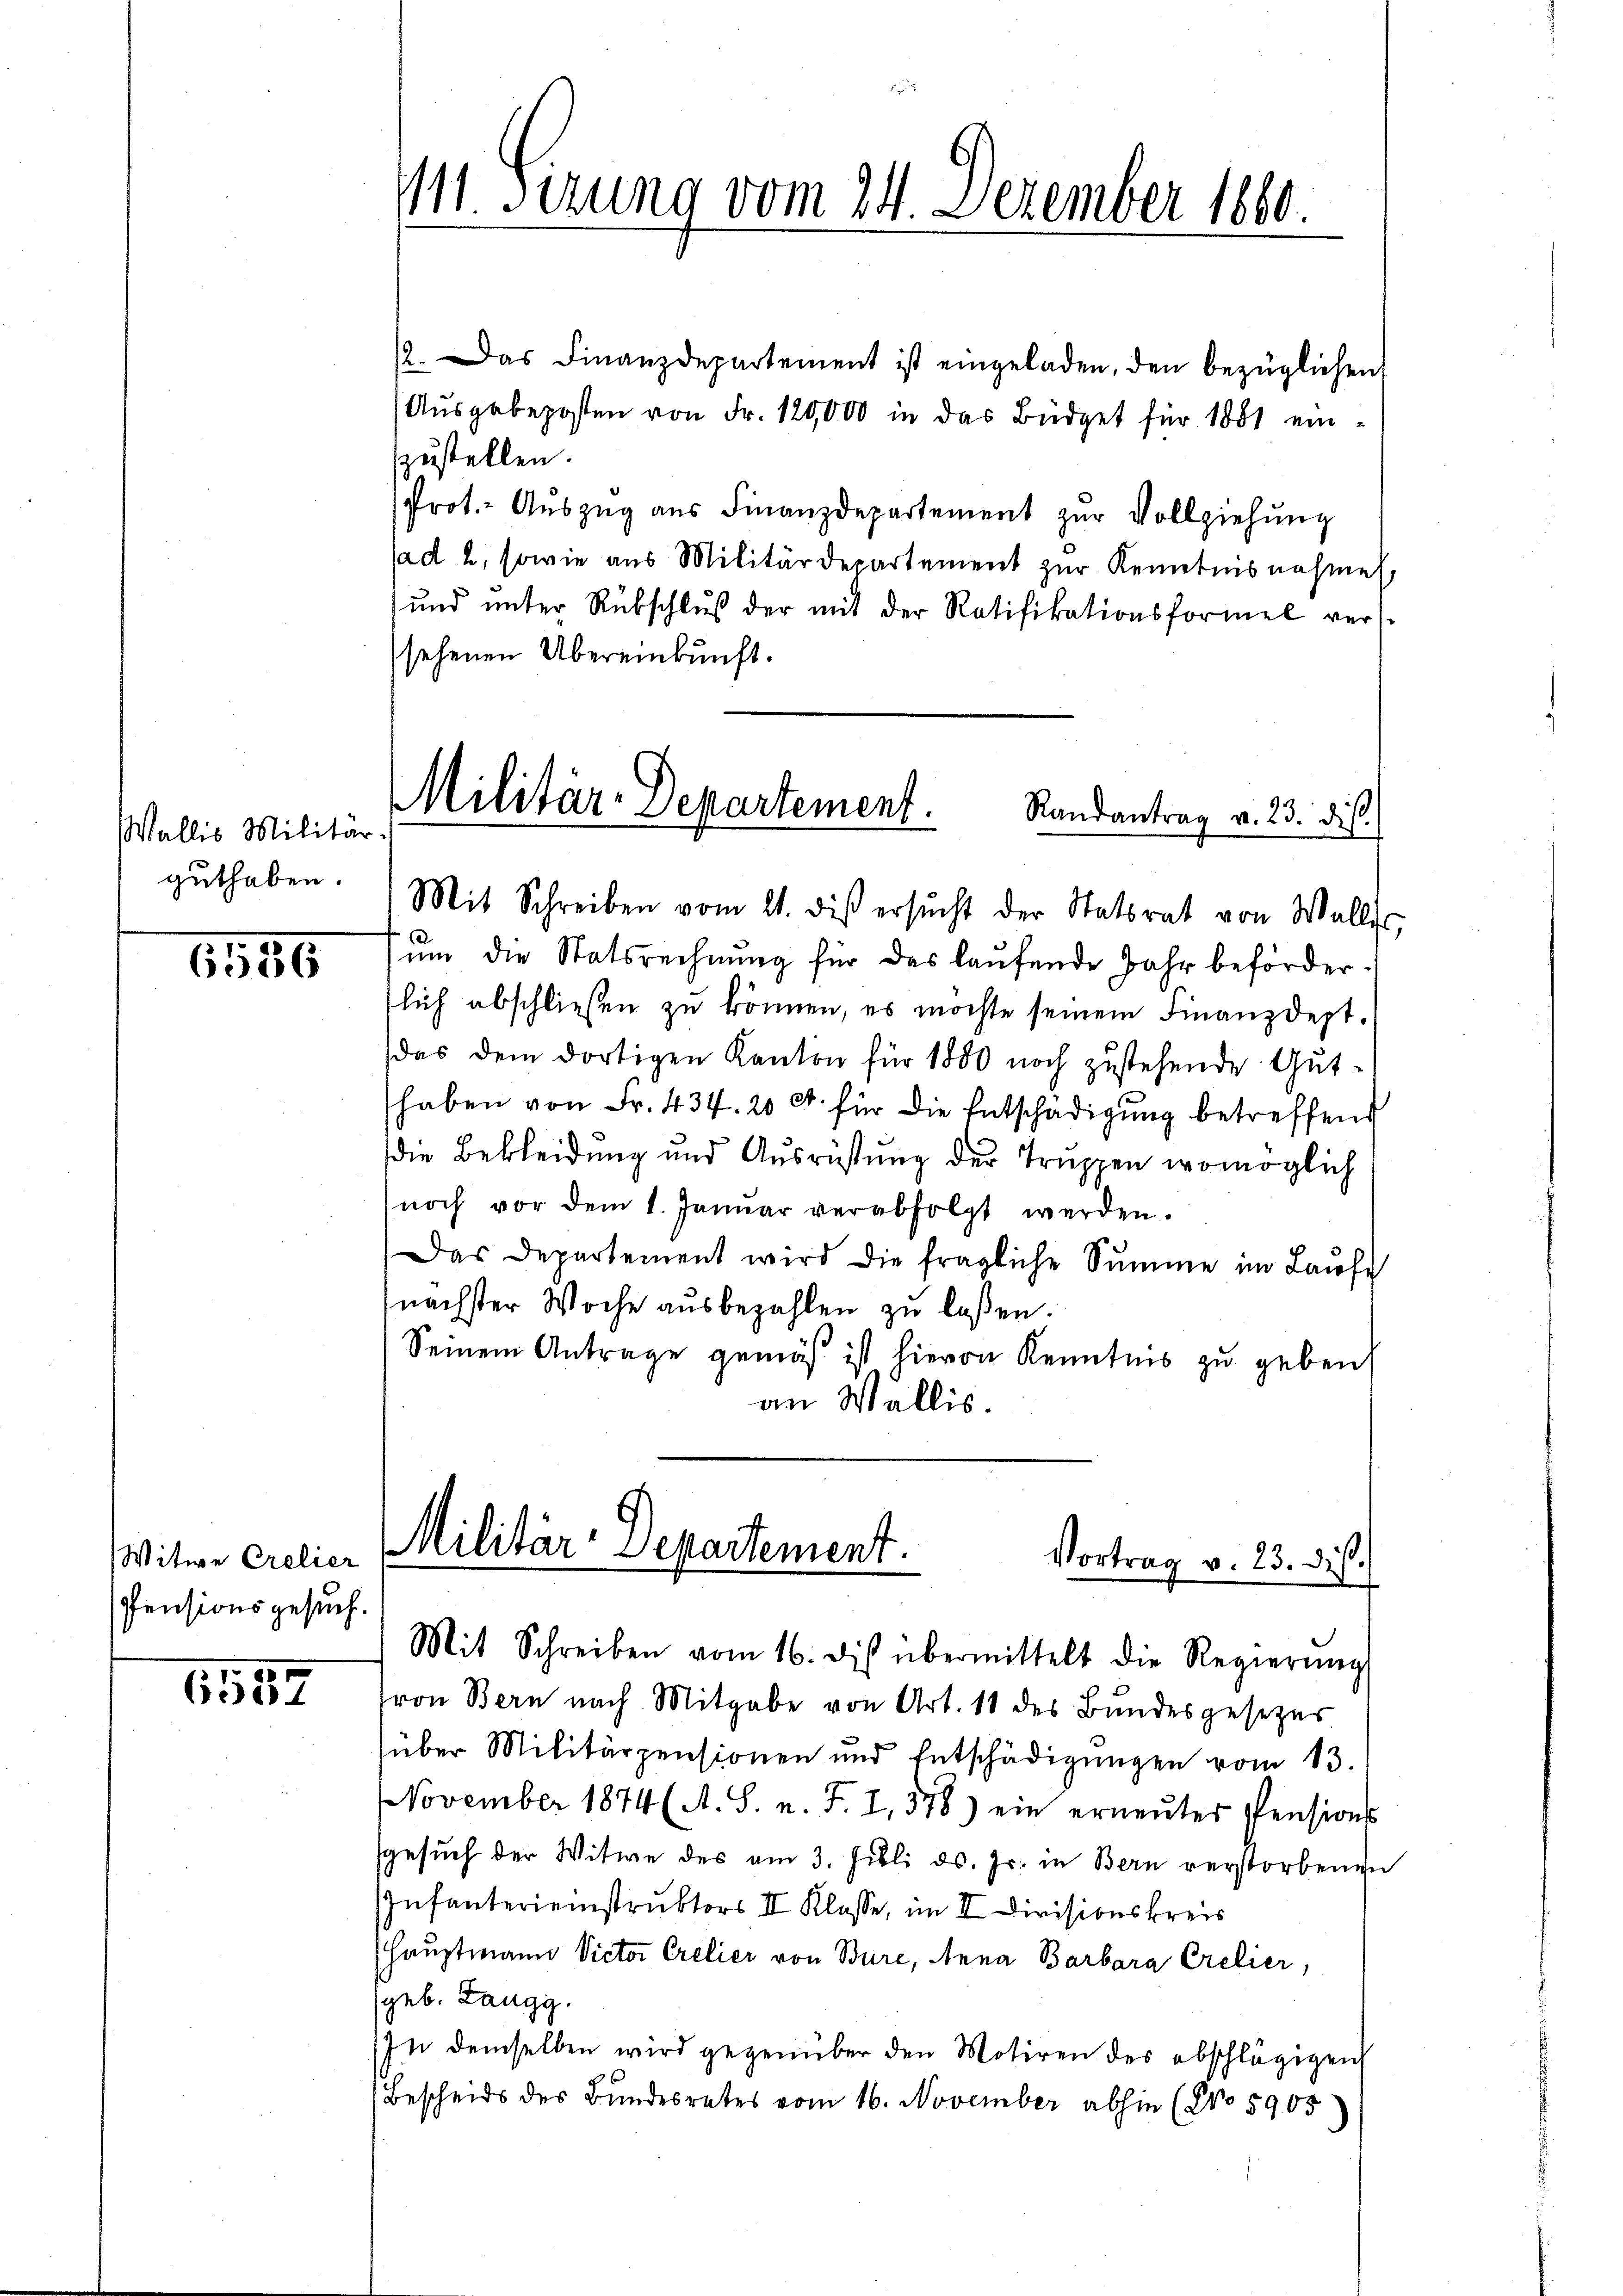
Wallis Militär
guthaben.

1556

Witwe Crelier
Pensionsgesuch.

6557

12. Das Finanzdepartement ist eingeladen, den bezüglichen
Ausgabeposten von Fr. 120,000 in das Büdget für 1881 einzustellen.
Prot.- Auszug aus Finanzdepartement zur Vollziehung
ad 2, sowie aus Militärdepartement zŭr Kenntnisnahme
und unter Rübschlŭβ der mit der Ratifikationsformel vers
sehenen Übereinkunft.
Militär-Departement.
Randantrag v. 23. ds.

111 Sirung vom 24. Dezember 1880.

Mit Schreiben vom 21. diβ ersŭcht der Statsrat von Wallis,

um die Statsrechnung für das laufende Jahr beförder
slich abschließen zu können, es möchte seinem Finanzdept.
das dem dortigen Kanton für 1800 noch zustehende Guthaben von Fr. 434. 20 ct. für die Entschädigung betreffend
die Bekleidung und Ausrüstung der Truppen womöglich
noch vor dem 1. Januar verabfolgt werden.
Das Departement wird die fragliche Summe im Laufe
nächster Woche ausbezahlen zu laßen.
Seinem Antrage gemäß ist hievon Kenntnis zu geben
an Wallis.

Militär-Departement.
Vortrag v. 23. ds.
Mit Schreiben vom 16. dis übermittelt die Regierŭng

von Bern nach Mitgabe von Art. 11 des Bundesgesezes
über Militärpensionen und Entschädigŭngen vom 13.
NNovember 1874 (A. S. n. F. I,378) ein erneŭter Pensions
sgesuch der Witwe des am 3. Juli d. Js. in Bern verstorbenen
Infanterieinstruktors II Klasse, im II Divisionskreis
(Hauptmann Victor Crelier von Bure, Anna Barbara Crelier,
(geb. Langg.
In demselben wird gegenüber den Motiren des abschlägigen
Bescheids des Bundesrates vom 16. November abhin (No 5905